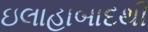
ઇલાહાબાદથી